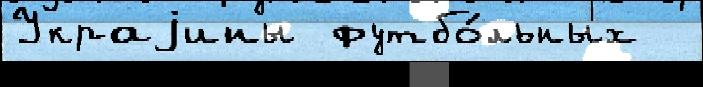
Украjины футбо́льных